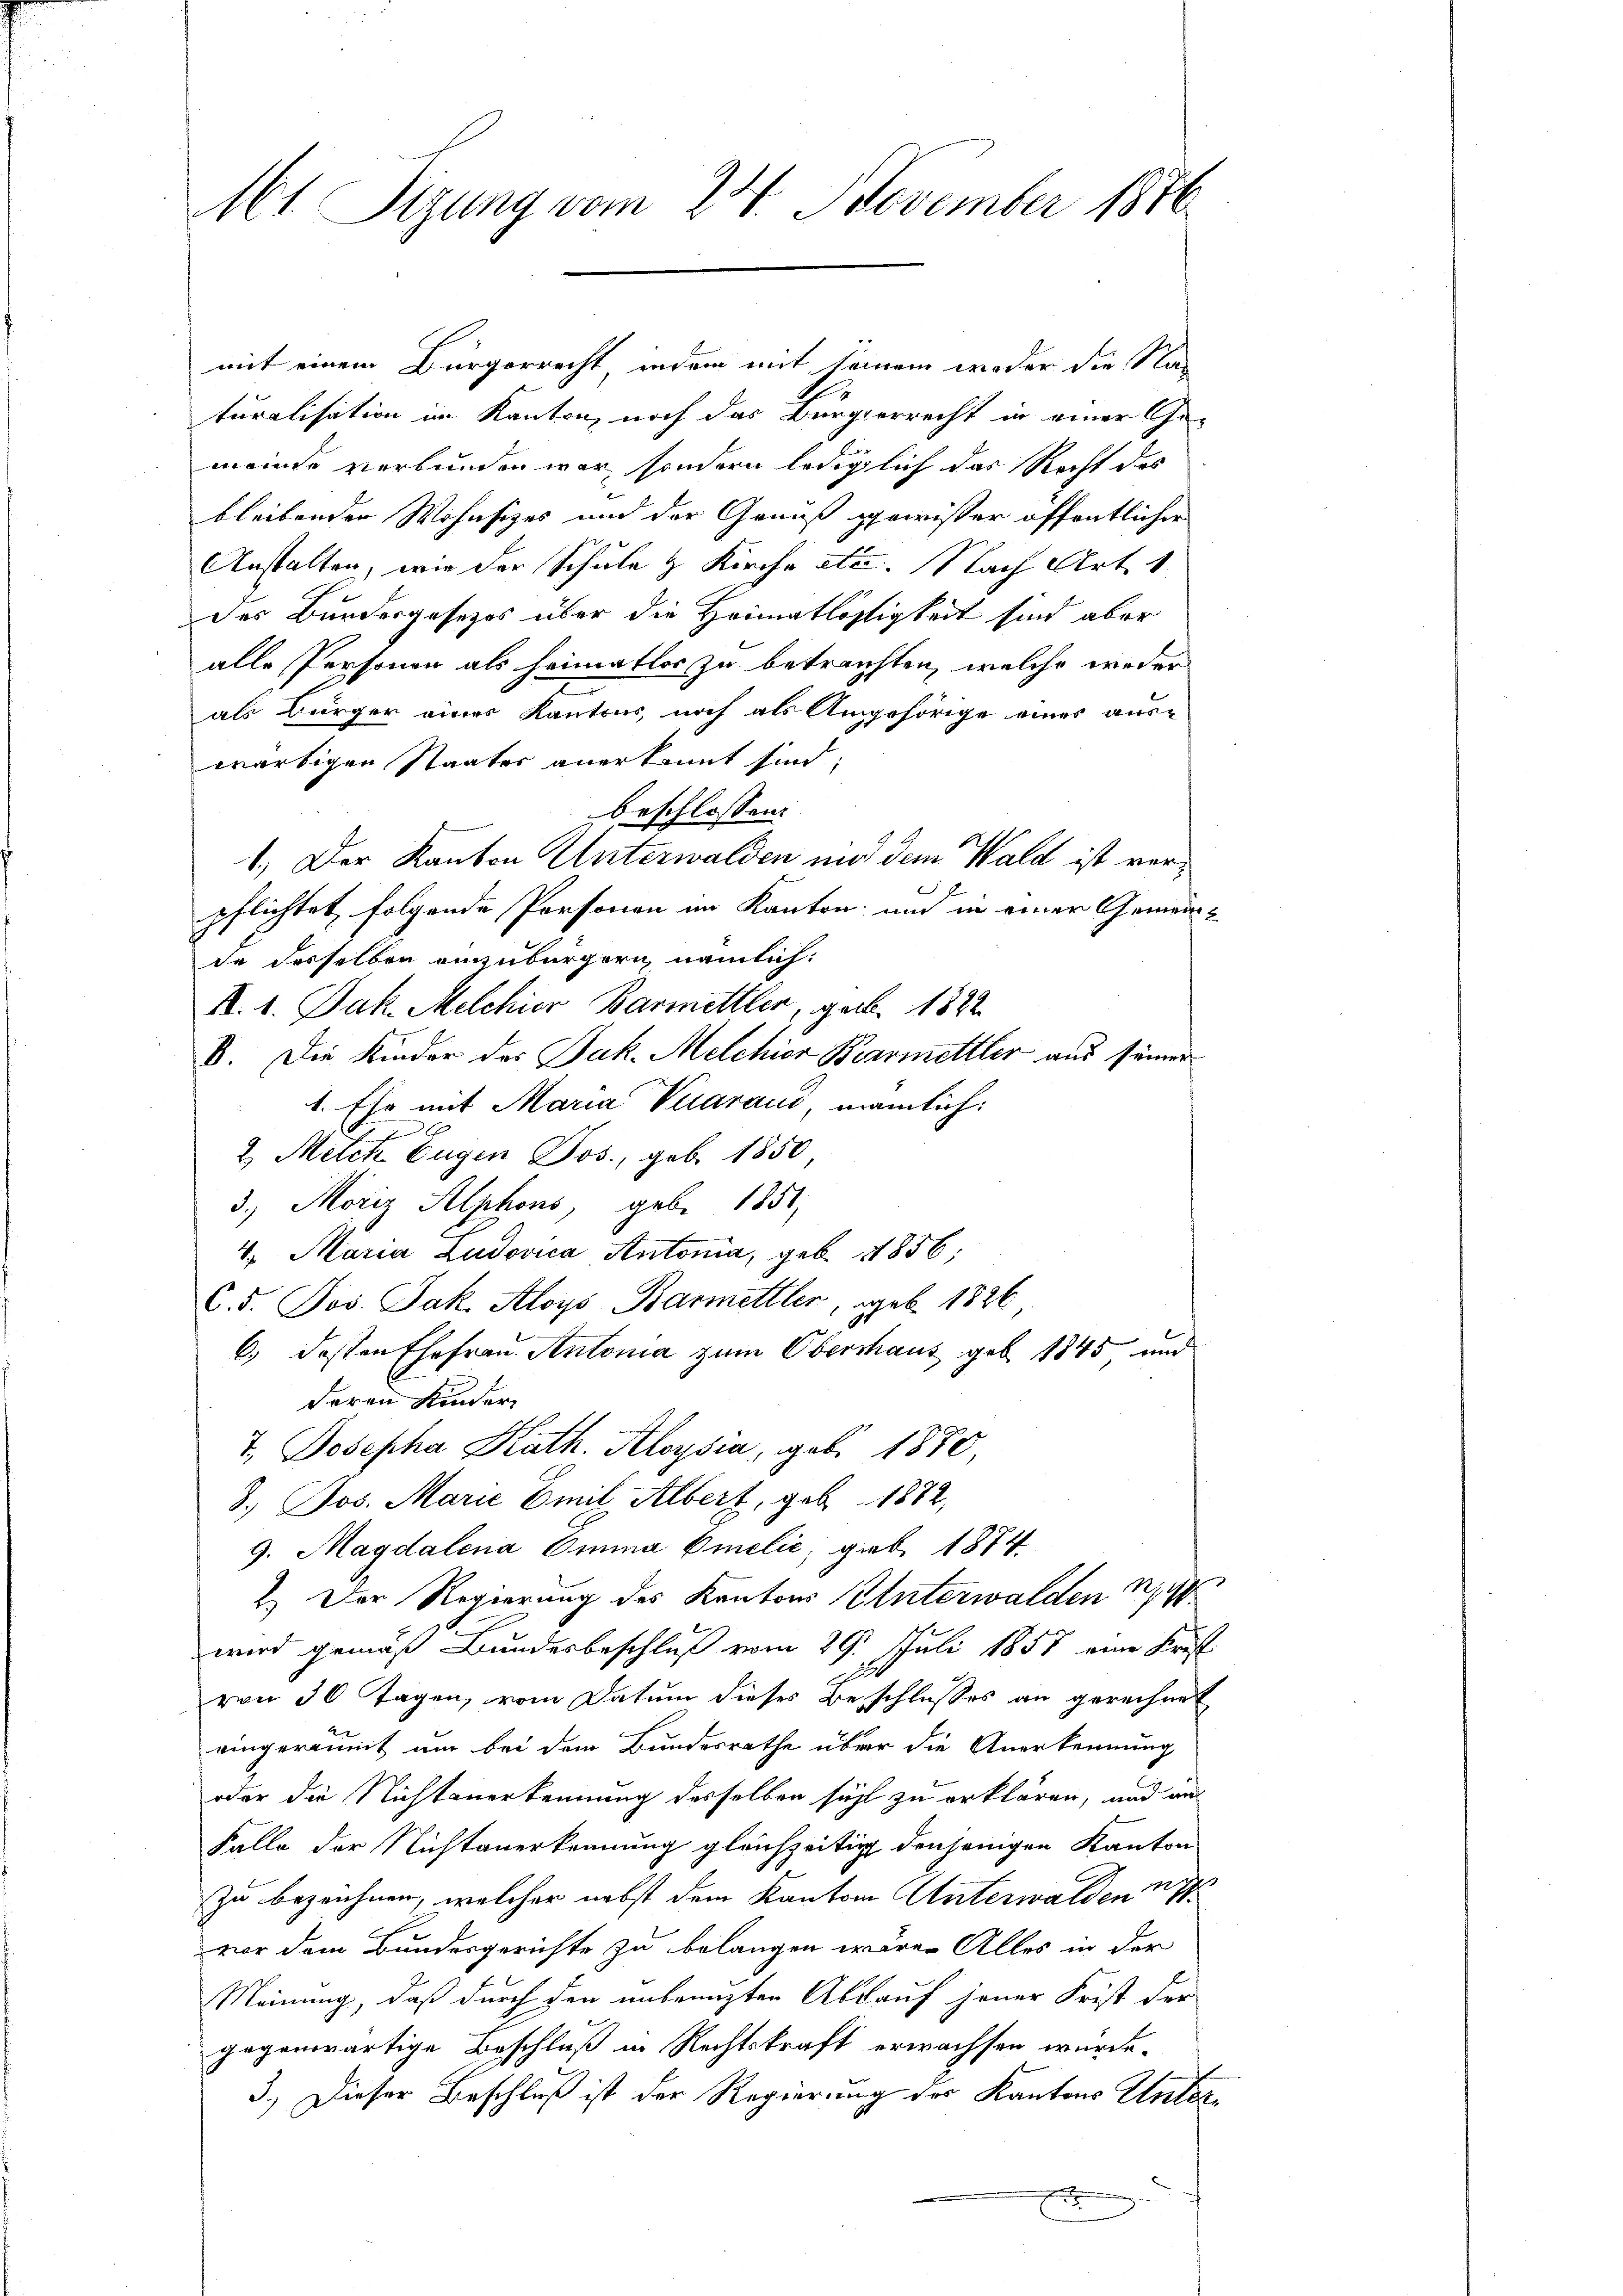
Mt Sizung vom 24. November 1816.

mit einem Bürgerrecht indem mit seinem weder die Nac
turalisation im Kanton, noch das Bürgerrecht in einer Gemeinde verbunden war, sondern lediglich das Recht des
bleibenden Wohnsitzes und der Genuß gewisser öffentlicher
Anstalten, wie der Schule & Kirche etc. Nach Art. 1
des Bundesgesetzes über die Heimatlosigkeit sind aber
alle Personen als heimatlos zu betrachten, welche wieder
als Bürger eines Kantons, noch als Angehörige einer aus-
wärtigen Staates anerkannt sind;
beschlossen:
1.) Der Kanton Unterwalden und dem Wald ist verpflichtet folgende Personen im Kanton, und in einer Gemeinde desselben einzubürgern, nämlich:
R. 1. Jak. Melchior Barmittler, geb. 1822.
B. Die Kinder des Jak. Melchior Bearmettler aus seiner
1. Ehe mit Maria Vuarand, nämlich.
2 Metek Eugen Jos., geb. 1850
3.) Moriz Alphons, gebe 1851,
 Maria Ludovica Antonia, geb. 1856;
C. 5. Jos. Jak. Aloys Barmettler, geb. 1826
6. dessen Ehefrau Antonia zum Obershaus geb. 1845 und
deren Kinder
7. Josepha Kath. Aloysia, geb. 1870,
8.) Jos. Marie Emil Albert, geb. 1882,
9. Magdalena Omina Omelić, gieb. 1874
1. Der Regierung des Kantons Unterwalden N
wird gemäß Bundesbeschluß vom 29. Juli 1857 eine Krist
von 30 Tagen, vom Datum dieses Beschlusses an gerechnet
eingeräumt um bei dem Bundesrathe über die Anerkennung
oder die Nichtanerkennung desselben sicht zu erklären, und aus
Falle der Nichtanerkennung gleichzeitig denjenigen Kanton
zu bezeichnen, welcher nebst dem Kanton Unterwalden n
vor dem Bundesgerichte zu belangen wären Alles in der
Meinung, daß durch den unbenuzten Abkauf jener Frist der
gegenwärtige Beschluß in Rechtskraft erwachsen wurde.
3.) Dieser Beschluß ist der Regierung der Kantons Unter